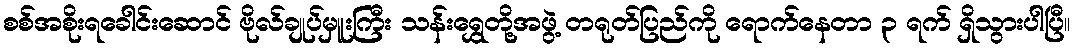
စစ်အစိုးရခေါင်းဆောင် ဗိုလ်ချုပ်မှူးကြီး သန်းရွှေတို့အဖွဲ့ တရုတ်ပြည်ကို ရောက်နေတာ ၃ ရက် ရှိသွားပါပြီ။